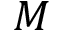
M